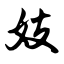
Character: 妓